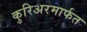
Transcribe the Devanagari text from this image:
कुरिअरमार्फत